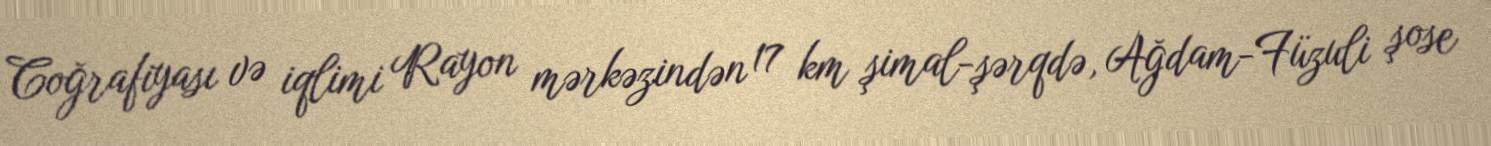
Coğrafiyası və iqlimi Rayon mərkəzindən 17 km şimal-şərqdə, Ağdam-Füzuli şose